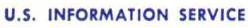
U.S.INFORMATION SERVICE